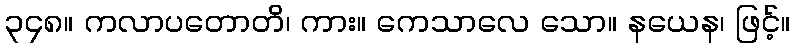
၃၄၈။ ကလာပတောတိ၊ ကား။ ကေသာလေ သော။ နယေန၊ ဖြင့်။